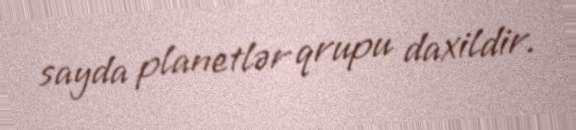
sayda planetlər qrupu daxildir.